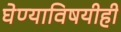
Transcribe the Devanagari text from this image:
घेण्याविषयीही